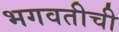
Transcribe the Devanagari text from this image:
भगवतीची